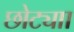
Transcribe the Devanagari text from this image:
छोट्याा